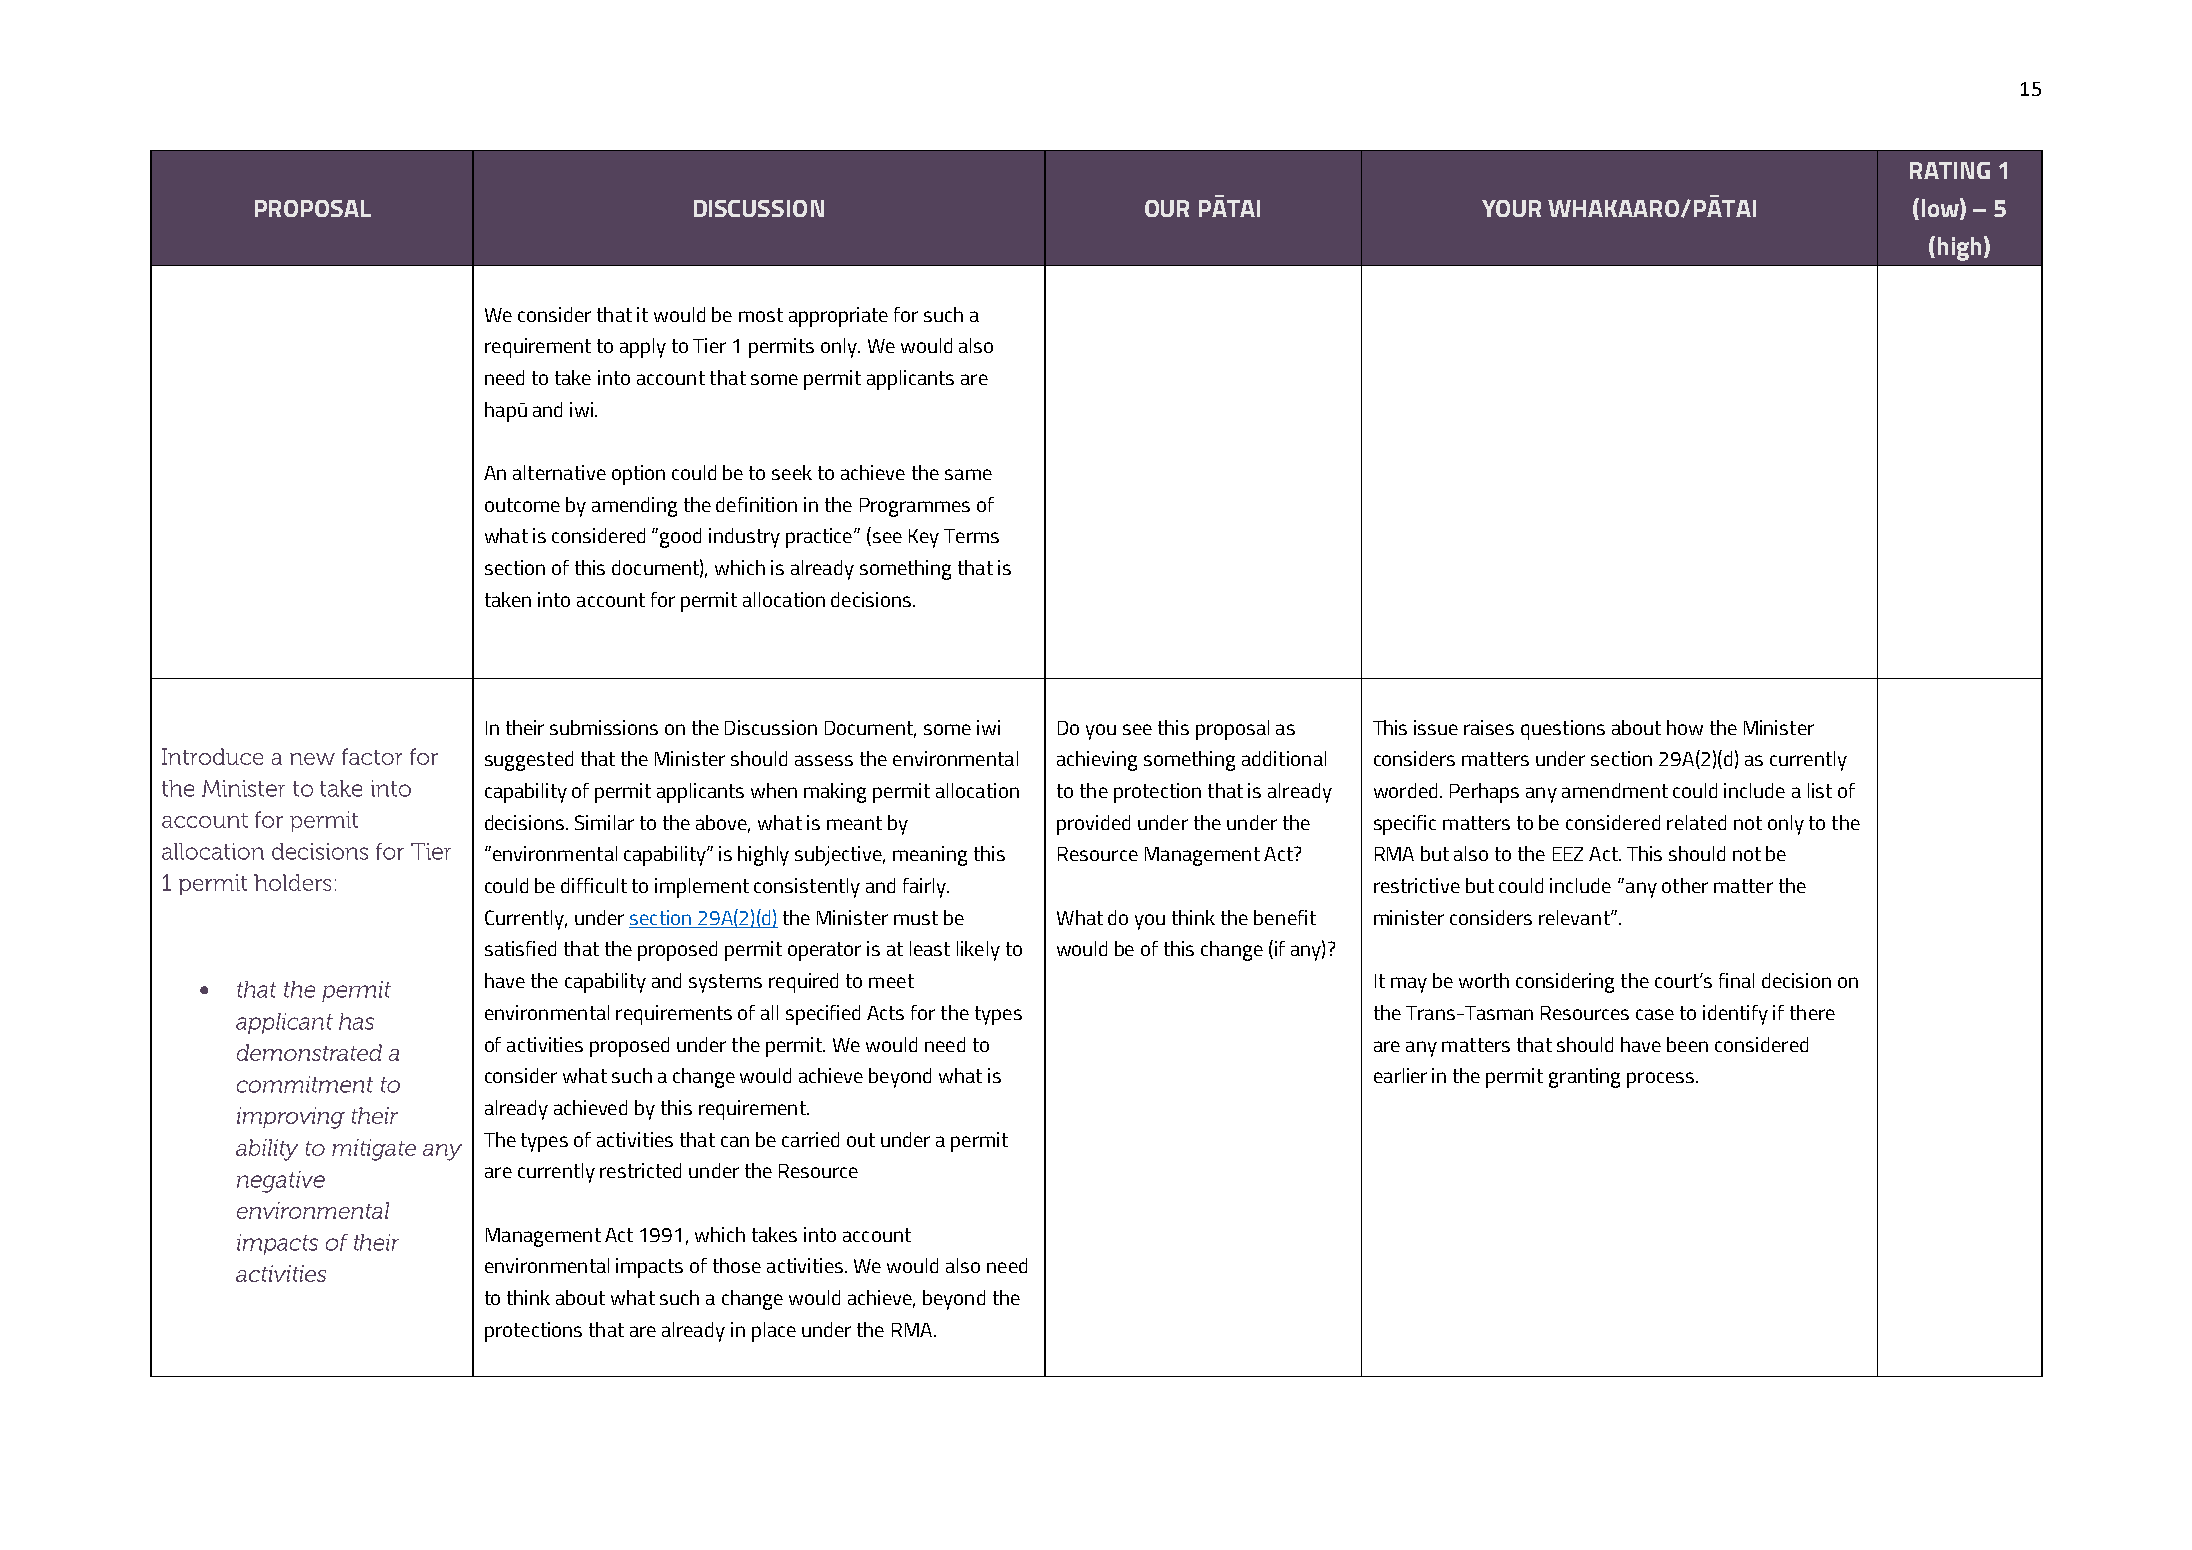
15
 RATING 1
 PROPOSAL                     DISCUSSION                    OUR PĀTAI             YOUR WHAKAARO/PĀTAI          (low) – 5
 (high)
 We consider that it would be most appropriate for such a
 requirement to apply to Tier 1 permits only. We would also
 need to take into account that some permit applicants are
 hapū and iwi.
 An alternative option could be to seek to achieve the same
 outcome by amending the definition in the Programmes of
 what is considered “good industry practice” (see Key Terms
 section of this document), which is already something that is
 taken into account for permit allocation decisions.
 In their submissions on the Discussion Document, some iwi Do you see this proposal as This issue raises questions about how the Minister
 suggested that the Minister should assess the environmental achieving something additional considers matters under section 29A(2)(d) as currently
 capability of permit applicants when making permit allocation to the protection that is already worded. Perhaps any amendment could include a list of
 decisions. Similar to the above, what is meant by provided under the under the specific matters to be considered related not only to the
 “environmental capability” is highly subjective, meaning this Resource Management Act? RMA but also to the EEZ Act. This should not be
 could be difficult to implement consistently and fairly.   restrictive but could include “any other matter the
 Currently, under section 29A(2)(d) the Minister must be What do you think the benefit minister considers relevant”.
 satisfied that the proposed permit operator is at least likely to would be of this change (if any)?
 •                  have the capability and systems required to meet           It may be worth considering the court’s final decision on
 environmental requirements of all specified Acts for the types the Trans-Tasman Resources case to identify if there
 of activities proposed under the permit. We would need to  are any matters that should have been considered
 consider what such a change would achieve beyond what is   earlier in the permit granting process.
 already achieved by this requirement.
 The types of activities that can be carried out under a permit
 are currently restricted under the Resource
 Management Act 1991, which takes into account
 environmental impacts of those activities. We would also need
 to think about what such a change would achieve, beyond the
 protections that are already in place under the RMA.